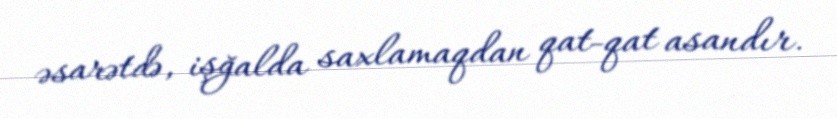
əsarətdə, işğalda saxlamaqdan qat-qat asandır.